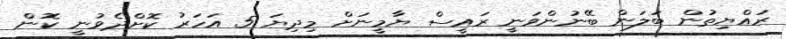
ރައްޔިތުން ބަލަން ބޭނުންވަނީ ރައީސް ޔާމީނަށް މިދިޔަ 5 އަހަރު ކޮށްދެވުނީ ކޮން